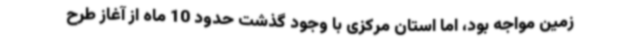
زمین مواجه بود، اما استان مرکزی با وجود گذشت حدود 10 ماه از آغاز طرح